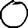
Digit: 0